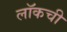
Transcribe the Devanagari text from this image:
लॉकची